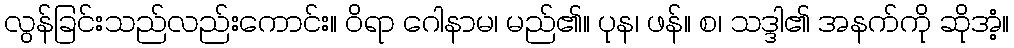
လွန်ခြင်းသည်လည်းကောင်း။ ဝိရာ ဂေါနာမ၊ မည်၏။ ပုန၊ ဖန်။ စ၊ သဒ္ဒါ၏ အနက်ကို ဆိုအံ့။